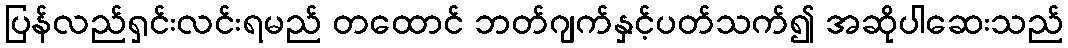
ပြန်လည်ရှင်းလင်းရမည် တထောင် ဘတ်ဂျက်နှင့်ပတ်သက်၍ အဆိုပါဆေးသည်